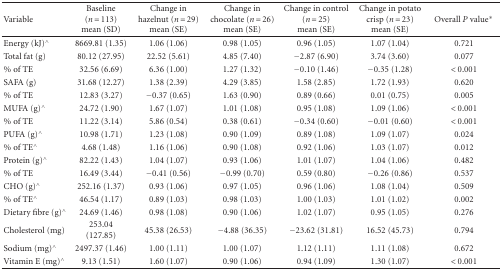
<table><thead><tr><td><b>Variable</b></td><td><b>Baseline (<i>n</i> = 113) mean (SD)</b></td><td><b>Change in hazelnut (<i>n</i> = 29) mean (SE)</b></td><td><b>Change in chocolate (<i>n</i> = 26) mean (SE)</b></td><td><b>Change in control (<i>n</i> = 25) mean (SE)</b></td><td><b>Change in potato crisp (<i>n</i> = 23) mean (SE)</b></td><td><b>Overall <i>P</i> value*</b></td></tr></thead><tbody><tr><td>Energy (kJ)<sup><i>∧</i></sup></td><td>8669.81 (1.35)</td><td>1.06 (1.06)</td><td>0.98 (1.05)</td><td>0.96 (1.05)</td><td>1.07 (1.04)</td><td>0.721</td></tr><tr><td>Total fat (g)</td><td>80.12 (27.95)</td><td>22.52 (5.61)</td><td>4.85 (7.40)</td><td>−2.87 (6.90)</td><td>3.74 (3.60)</td><td>0.077</td></tr><tr><td>% of TE</td><td>32.56 (6.69)</td><td>6.36 (1.00)</td><td>1.27 (1.32)</td><td>−0.10 (1.46)</td><td>−0.35 (1.28)</td><td>&lt; 0.001</td></tr><tr><td>SAFA (g)</td><td>31.68 (12.27)</td><td>1.38 (2.39)</td><td>4.29 (3.85)</td><td>1.58 (2.85)</td><td>1.72 (1.93)</td><td>0.620</td></tr><tr><td>% of TE</td><td>12.83 (3.27)</td><td>−0.37 (0.65)</td><td>1.63 (0.90)</td><td>0.89 (0.66)</td><td>0.01 (0.75)</td><td>0.005</td></tr><tr><td>MUFA (g)<sup><i>∧</i></sup></td><td>24.72 (1.90)</td><td>1.67 (1.07)</td><td>1.01 (1.08)</td><td>0.95 (1.08)</td><td>1.09 (1.06)</td><td>&lt; 0.001</td></tr><tr><td>% of TE</td><td>11.22 (3.14)</td><td>5.86 (0.54)</td><td>0.38 (0.61)</td><td>−0.34 (0.60)</td><td>−0.01 (0.60)</td><td>&lt; 0.001</td></tr><tr><td>PUFA (g)<sup><i>∧</i></sup></td><td>10.98 (1.71)</td><td>1.23 (1.08)</td><td>0.90 (1.09)</td><td>0.89 (1.08)</td><td>1.09 (1.07)</td><td>0.024</td></tr><tr><td>% of TE<sup><i>∧</i></sup></td><td>4.68 (1.48)</td><td>1.16 (1.06)</td><td>0.90 (1.08)</td><td>0.92 (1.06)</td><td>1.03 (1.07)</td><td>0.012</td></tr><tr><td>Protein (g)<sup><i>∧</i></sup></td><td>82.22 (1.43)</td><td>1.04 (1.07)</td><td>0.93 (1.06)</td><td>1.01 (1.07)</td><td>1.04 (1.06)</td><td>0.482</td></tr><tr><td>% of TE</td><td>16.49 (3.44)</td><td>−0.41 (0.56)</td><td>−0.99 (0.70)</td><td>0.59 (0.80)</td><td>−0.26 (0.86)</td><td>0.537</td></tr><tr><td>CHO (g)<sup><i>∧</i></sup></td><td>252.16 (1.37)</td><td>0.93 (1.06)</td><td>0.97 (1.05)</td><td>0.96 (1.06)</td><td>1.08 (1.04)</td><td>0.509</td></tr><tr><td>% of TE<sup><i>∧</i></sup></td><td>46.54 (1.17)</td><td>0.89 (1.03)</td><td>0.98 (1.03)</td><td>1.00 (1.03)</td><td>1.01 (1.02)</td><td>0.002</td></tr><tr><td>Dietary fibre (g)<sup><i>∧</i></sup></td><td>24.69 (1.46)</td><td>0.98 (1.08)</td><td>0.90 (1.06)</td><td>1.02 (1.07)</td><td>0.95 (1.05)</td><td>0.276</td></tr><tr><td>Cholesterol (mg)</td><td>253.04 (127.85)</td><td>45.38 (26.53)</td><td>−4.88 (36.35)</td><td>−23.62 (31.81)</td><td>16.52 (45.73)</td><td>0.794</td></tr><tr><td>Sodium (mg)<sup><i>∧</i></sup></td><td>2497.37 (1.46)</td><td>1.00 (1.11)</td><td>1.00 (1.07)</td><td>1.12 (1.11)</td><td>1.11 (1.08)</td><td>0.672</td></tr><tr><td>Vitamin E (mg)<sup><i>∧</i></sup></td><td>9.13 (1.51)</td><td>1.60 (1.07)</td><td>0.90 (1.06)</td><td>0.94 (1.09)</td><td>1.30 (1.07)</td><td>&lt; 0.001</td></tr></tbody></table>